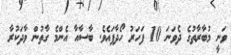
ވަނީ މުބާރާތުގެ ދެވަނަ 10 ފަހަރު ހޯދާފައެވެ. ބާސާއާ އެންމެ ގާތުން ވާދަކުރާ